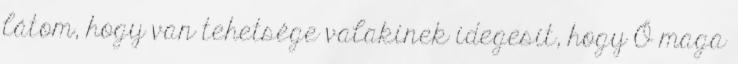
látom, hogy van tehetsége valakinek idegesít, hogy Ő maga